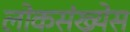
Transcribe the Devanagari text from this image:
लोकसंख्येस